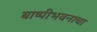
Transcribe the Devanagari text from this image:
बाष्पीभवनाचा